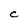
Character: C